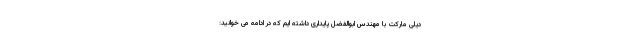
دیلی مارکت با مهندس ابوالفضل پایداری داشته ایم که در ادامه می خوانید: